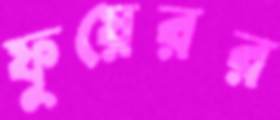
ফুয়েরর